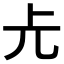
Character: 𠑷